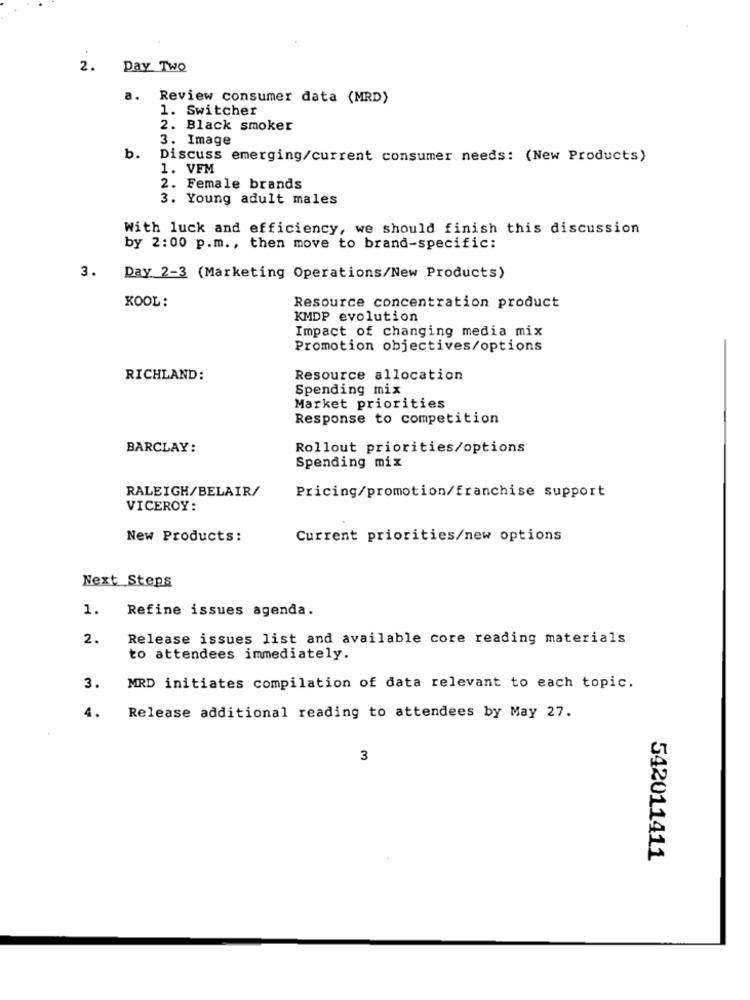
2.
Day Two
a.
Review consumer data (MRD)
1. Switcher
2. Black smoker
3. Image
b.
Discuss emerging/current consumer needs: (New Products)
1. VFM
2. Female brands
3. Young adult males
With luck and efficiency, we should finish this discussion
by 2:00 p.m ., then move to brand-specific:
3.
Day 2-3 (Marketing Operations/New Products)
KOOL:
Resource concentration product
KMDP evolution
Impact of changing media mix
Promotion objectives/options
RICHLAND:
Resource allocation
Spending mix
Market priorities
Response to competition
BARCLAY:
Rollout priorities/options
Spending mix
RALEIGH/BELAIR/
Pricing/promotion/franchise support
VICEROY:
New Products:
Current priorities/new options
Next Steps
1.
Refine issues agenda.
2.
Release issues list and available core reading materials
to attendees immediately.
3.
MRD initiates compilation of data relevant to each topic.
4.
Release additional reading to attendees by May 27.
3
542011411